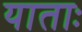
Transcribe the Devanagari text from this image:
याताः